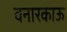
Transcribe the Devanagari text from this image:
वनारकाऊ